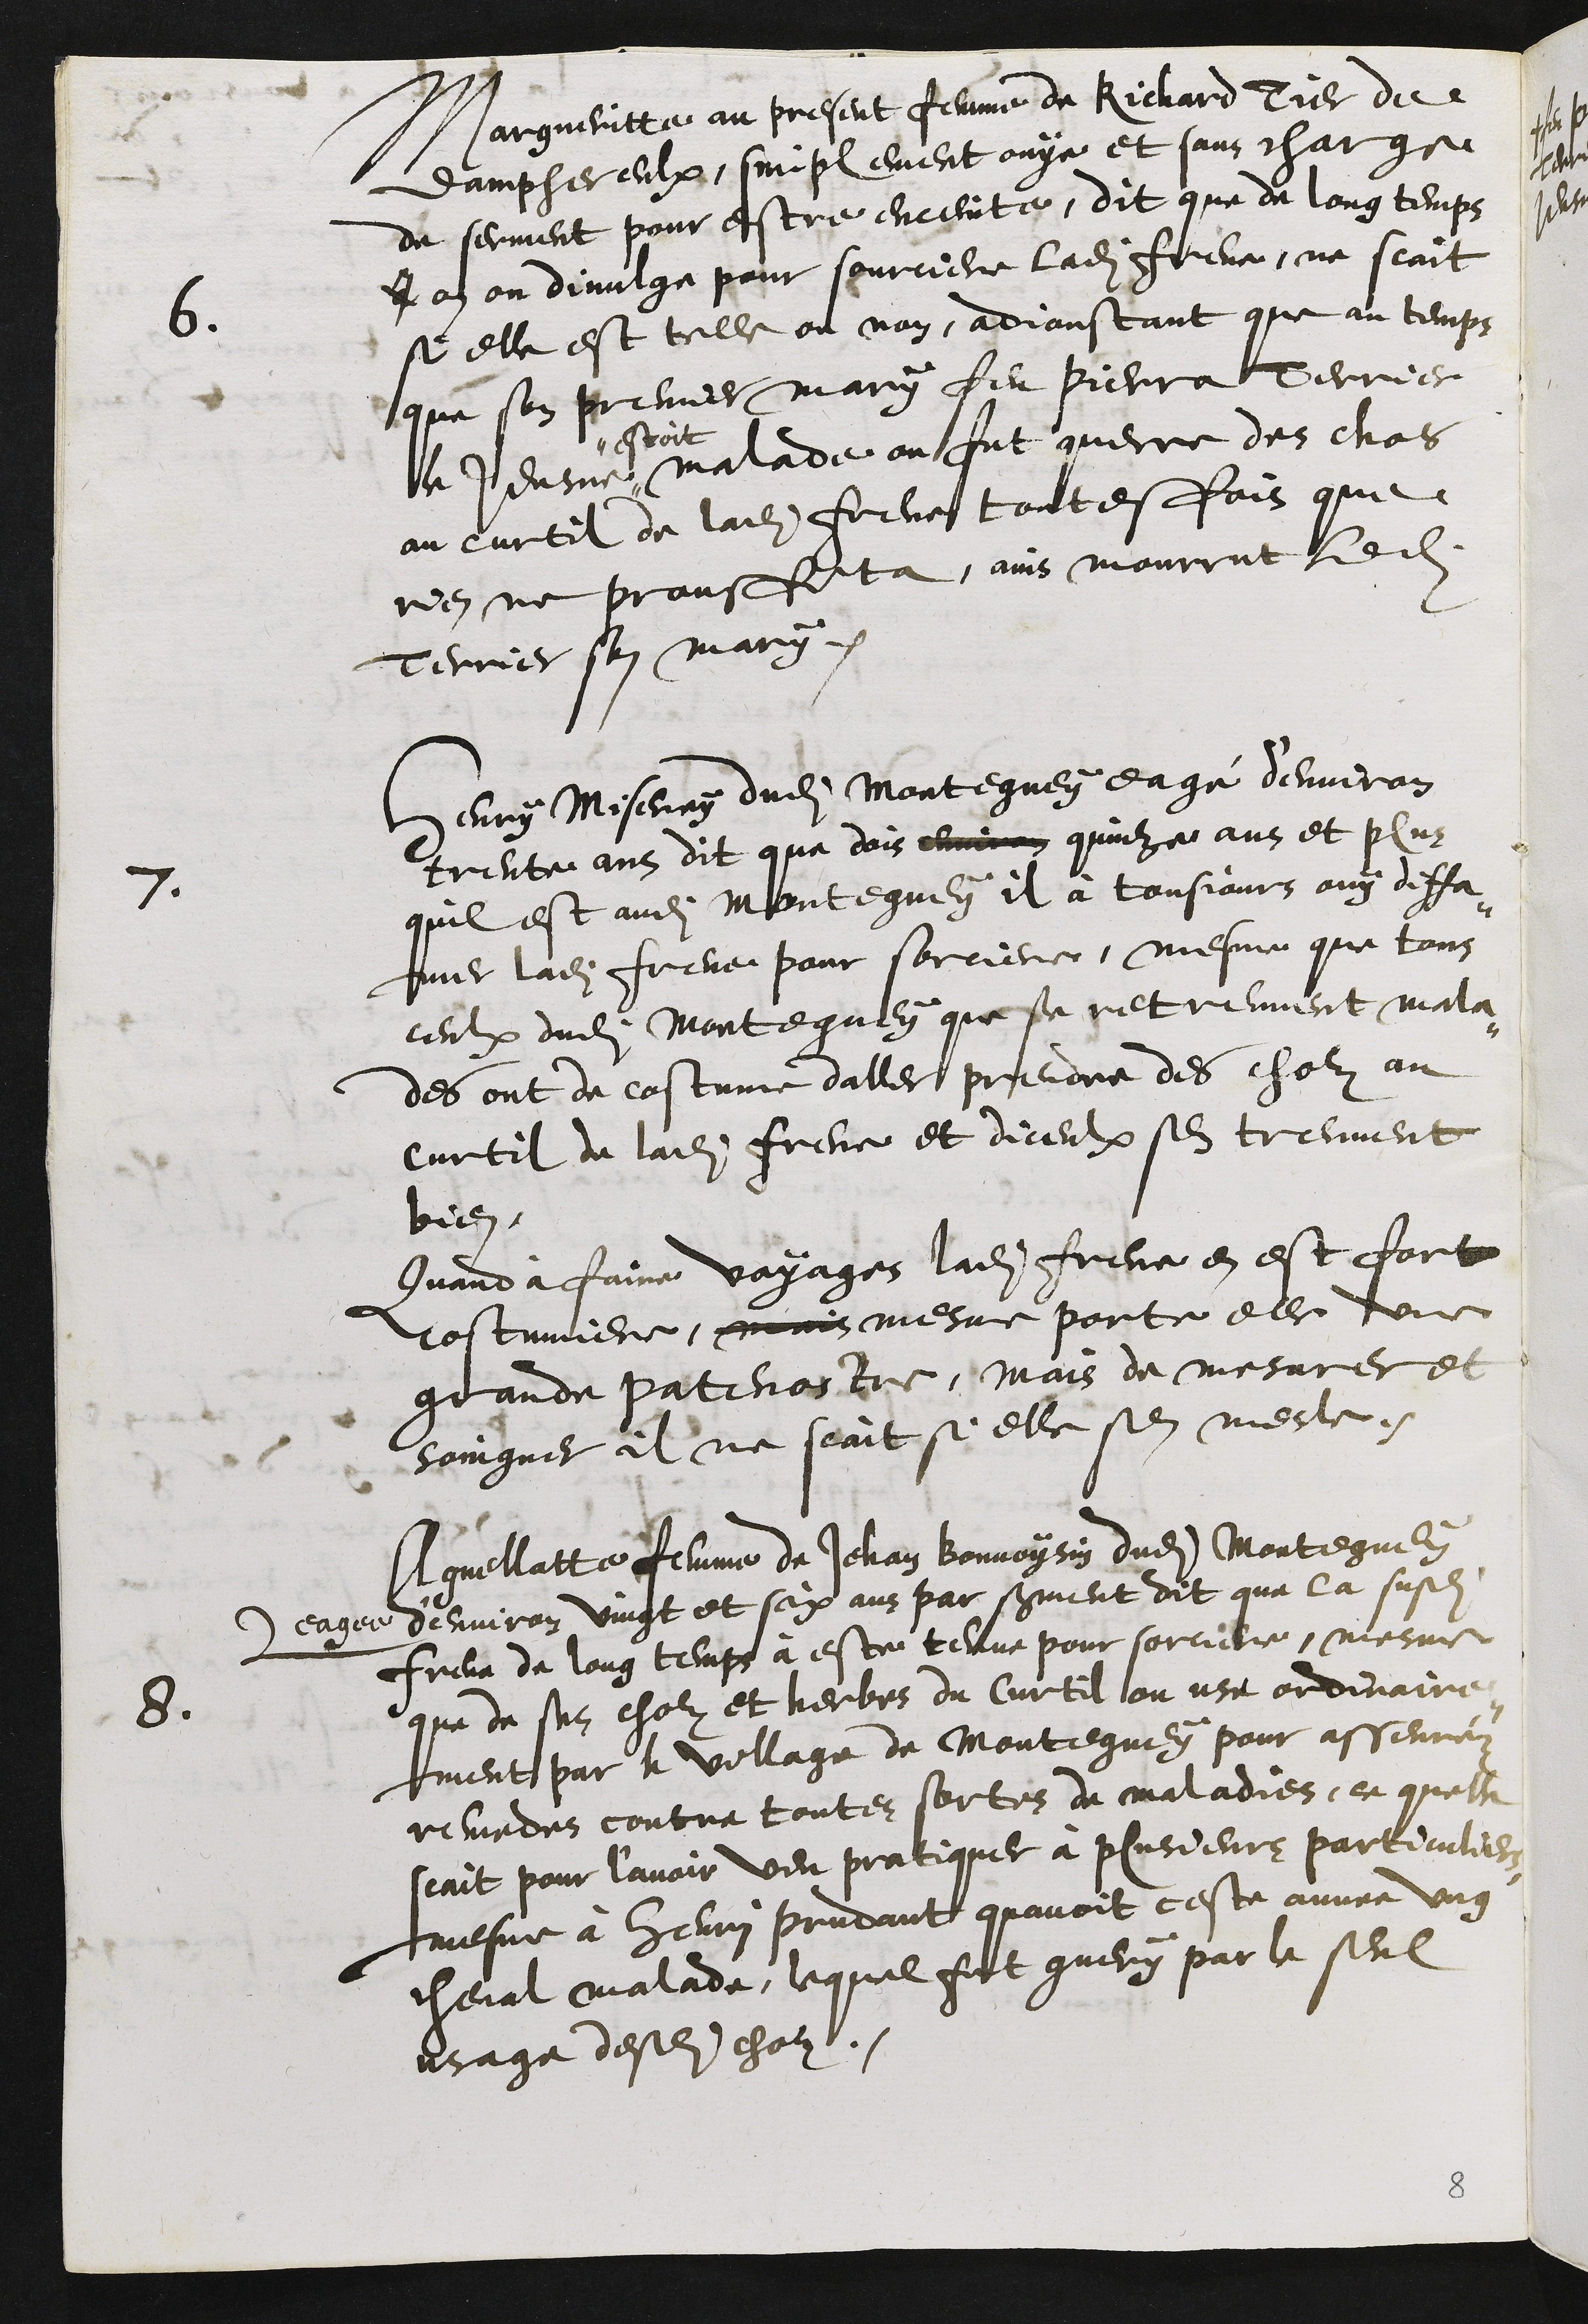
6.
Margueritte au present femme de Richard Tier de
damphereulx, simplement ouye et sans charge
de serment pour estre enceinte, dit que de long temps
I an on divulge pour sourciere ladite Frene, ne scait
si elle est telle ou non, adjoustant que au temps
que son premier mary feu Pierra Terrier
le Jeusne
estoit
malade on fut querre des chos
au curtil de ladite Frene toutesfois que
rien ne prouffita, ains mourrut ledit
Terrier son mary.
7
Henry Miserey dudit Montegney eagé d'environ
trente ans dit que dois environ quinze ans et plus
quil est audit Montegney il à tousjours ouy diffa¬
mer ladite Frene pour sorciere, mesme que tous
ceulx dudit Montegney que se retreuvent mala¬
des ont de costume daller prendre des cholz au
curtil de ladite Frene et diceulx sen treuvent
bien.
Quand à faire voyages ladite Frene en est fort
costumiere, mais mesme porte elle une
grande patenostre, mais de mesurer et
soingner il ne scait si elle sen mesle,
8.
Agnellatte femme de Jehan Bonvoysin dudit Montegney
eagee
d'environ vingt et six ans par serment dit que la susdite
Frene de long temps à este tenue pour sorciere, mesme
que de ses cholz et herbes du Curtil on use ordinaire¬
ment par le village de Montegney pour asseurez
remedes contre toutes sortes de maladies, ce quelle
scait pour l’avoir veu pratiquer à plusieurs particuliers
mesme à Henry prudant quavoit ceste annee ung
cheval malade, lequel fut guery par le seul
usage desdits cholz.
8